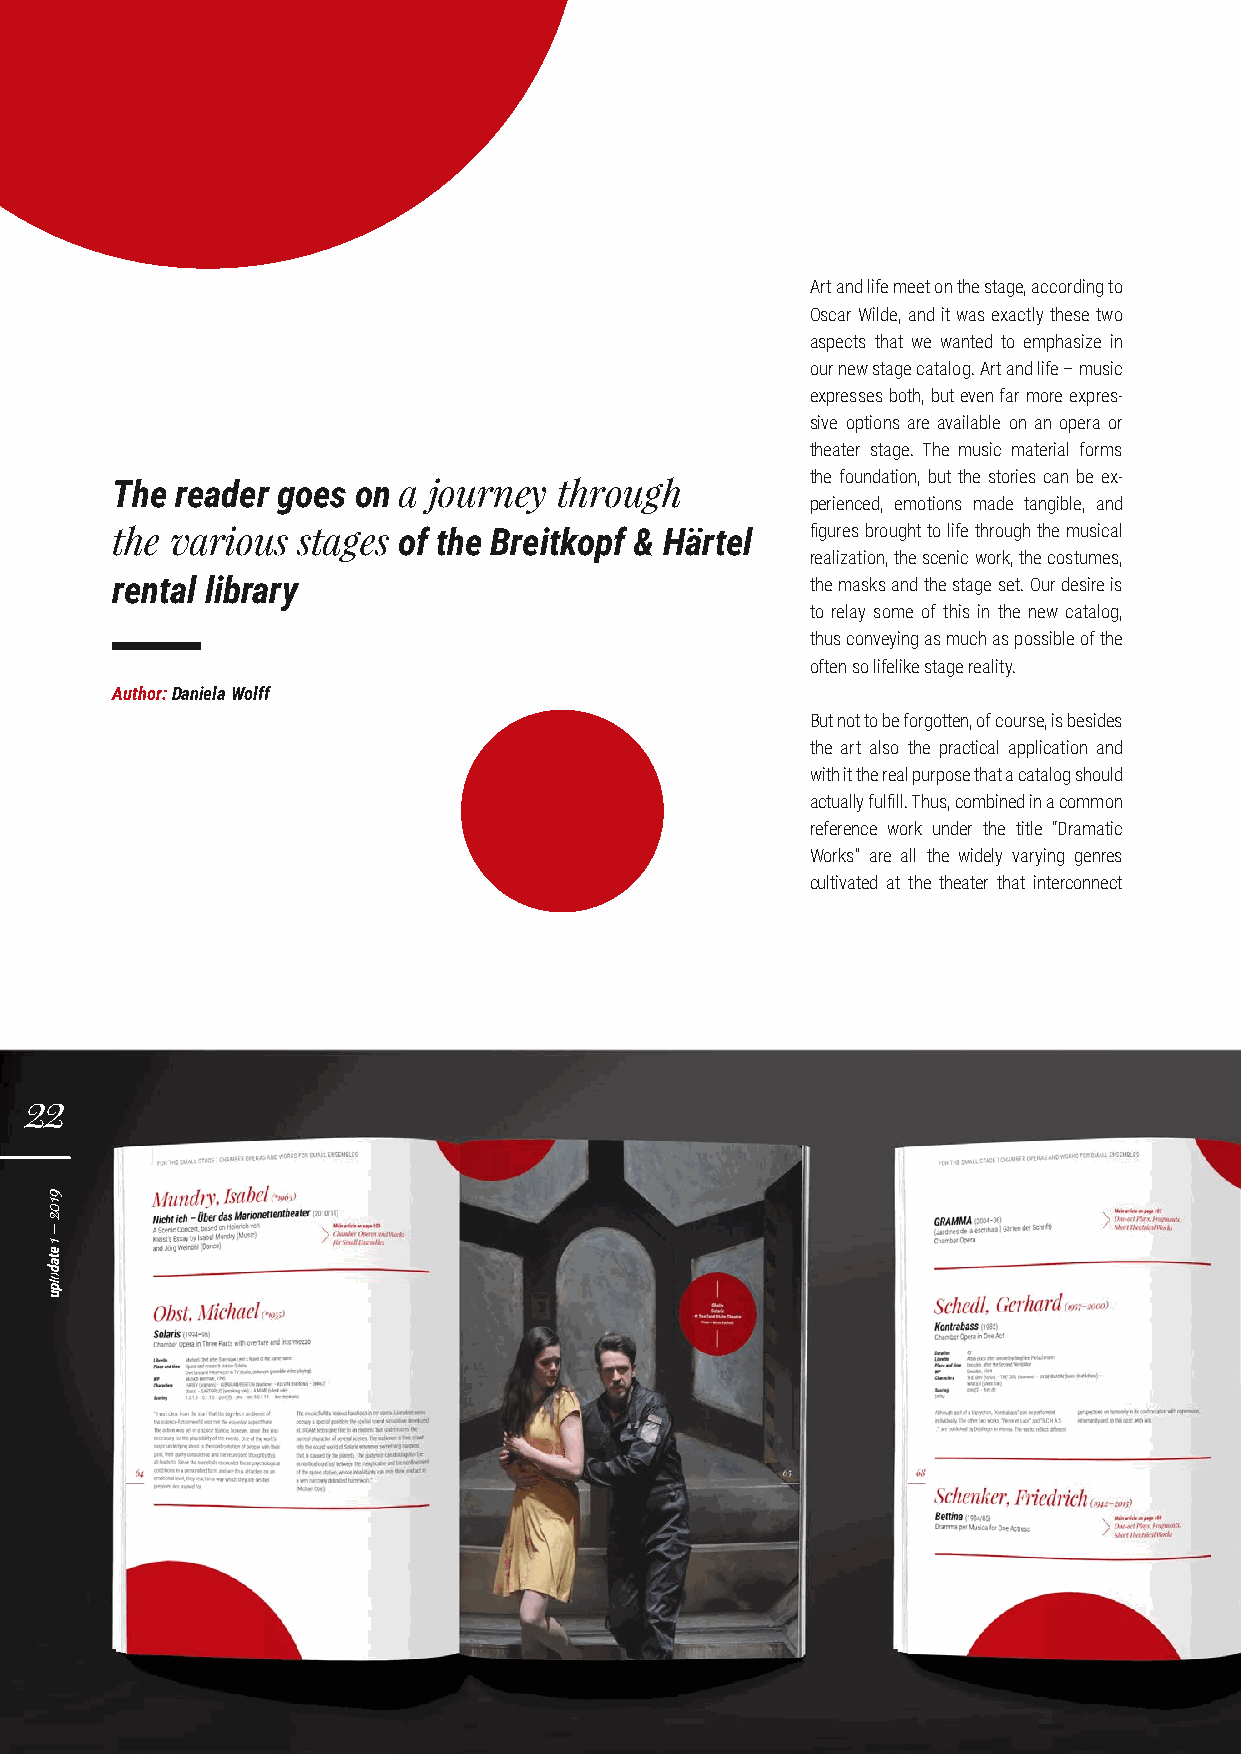
Art and life meet on the stage, according to
 Oscar Wilde, and it was exactly these two
 aspects that we wanted to emphasize in
 our new stage catalog. Art and life – music
 expresses both, but even far more expres-
 sive options are available on an opera or
 theater stage. The music material forms
 the foundation, but the stories can be ex-
 The  reader goes on a journey through
 perienced, emotions made tangible, and
 the various  stages of the Breitkopf & Härtel  figures brought to life through the musical
 realization, the scenic work, the costumes,
 rental library                                 the masks and the stage set. Our desire is
 to relay some of this in the new catalog,
 thus conveying as much as possible of the
 often so lifelike stage reality.
 Author: Daniela Wolff
 But not to be forgotten, of course, is besides
 the art also the practical application and
 with it the real purpose that a catalog should
 actually fulfill. Thus, combined in a common
 reference work under the title “Dramatic
 Works” are all the widely varying genres
 cultivated at the theater that interconnect
 22
 9102
 –
 1